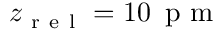
z _ { \mathrm { ~ r ~ e ~ l ~ } } = 1 0 \, \mathrm { ~ p ~ m ~ }